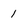
Character: 1